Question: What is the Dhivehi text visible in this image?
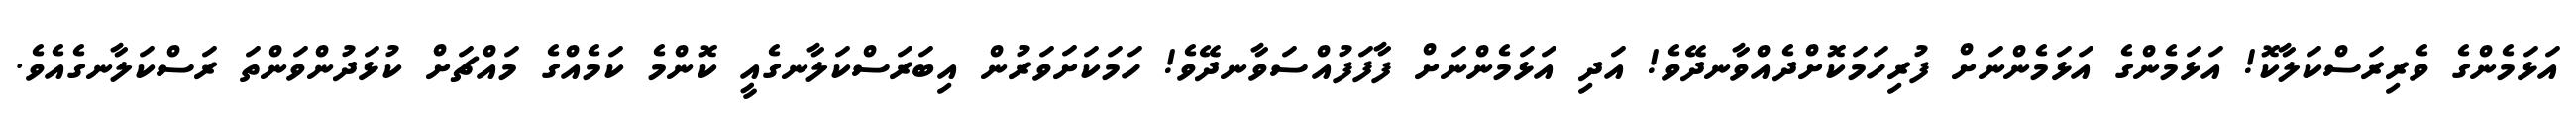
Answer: އަޅަމެންގެ ވެރިރަސްކަލާކޮ! އަޅަމެންގެ އަޅަމެންނަށް ފުރިހަމަކޮށްދެއްވާނދޭވެ! އަދި އަޅަމެންނަށް ފާފަފުއްސަވާނދޭވެ! ހަމަކަށަވަރުން އިބަރަސްކަލާނގެއީ ކޮންމެ ކަމެއްގެ މައްޗަށް ކުޅަދުންވަންތަ ރަސްކަލާނގެއެވެ.